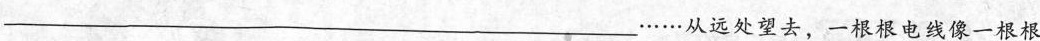
___……从远处望去，一根根电线像一根根